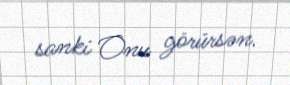
sanki Onu görürsən.